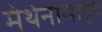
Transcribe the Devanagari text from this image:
मेथेनामाइन